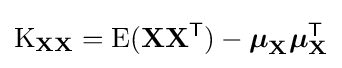
\operatorname {K} _{\mathbf {X} \mathbf {X} }=\operatorname {E} (\mathbf {XX^{\mathsf {T}}} )-{\boldsymbol {\mu }}_{\mathbf {X} }{\boldsymbol {\mu }}_{\mathbf {X} }^{\mathsf {T}}